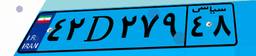
۴۲D۲۷۹۴۸